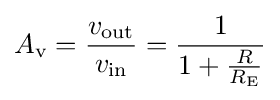
A_{\text{v}}={\frac {v_{\text{out}}}{v_{\text{in}}}}={\frac {1}{1+{\frac {R}{R_{\text{E}}}}}}